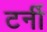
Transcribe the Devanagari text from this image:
टर्नी